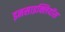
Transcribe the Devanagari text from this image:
इनसाइक्लियॉस